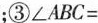
；③\angle ABC=